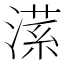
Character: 𣼒